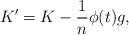
LaTeX: \begin{align*}K'=K-\frac{1}{n}\phi(t)g,\end{align*}